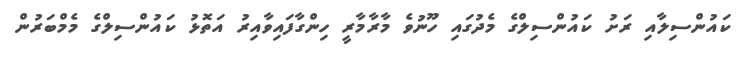
ކައުންސިލާއި ރަށު ކައުންސިލްގެ މެދުގައި ހޫނުވެ މާރާމާރީ ހިންގާފައިވާއިރު އަތޮޅު ކައުންސިލްގެ މެމްބަރުން